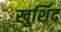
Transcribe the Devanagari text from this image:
खुर्शिद